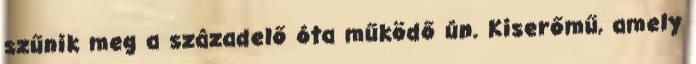
szűnik meg a századelő óta működő ún. Kiserőmű, amely